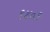
૧૪૦૭